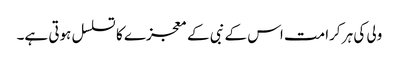
ولی کی ہر کرامت اس کے نبی کے معجزے کا تسلسل ہوتی ہے۔